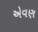
એવણ